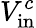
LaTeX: V_{\mathrm{in}}^{c}